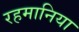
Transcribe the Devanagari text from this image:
रहमानिया